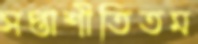
সপ্তাশীতিতম